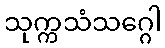
သုက္ကသံသဂ္ဂေါ